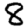
Digit: 8